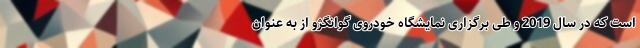
است که در سال 2019 و طی برگزاری نمایشگاه خودروی گوانگژو از به عنوان